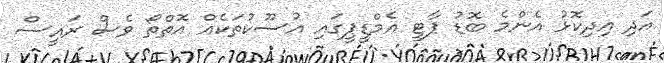
އަދި އިދިކޮޅު އެންމެ ބޮޑު ޕާޓީ އެމްޑީޕީގައި އުސޫކުތަކެއް އޮތްތޯ ވެސް ރައީސް